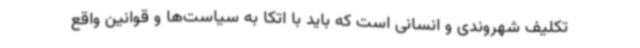
تکلیف شهروندی و انسانی است که باید با اتکا به سیاست‌ها و قوانین واقع